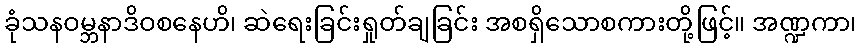
ခုံသနဝမ္ဘနာဒိဝစနေဟိ၊ ဆဲရေးခြင်းရှုတ်ချခြင်း အစရှိသောစကားတို့ဖြင့်။ အဏ္ဍကာ၊